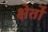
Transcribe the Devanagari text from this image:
क्षेर्तों